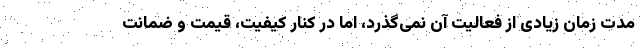
مدت زمان زیادی از فعالیت آن نمی‌گذرد، اما در کنار کیفیت، قیمت و ضمانت